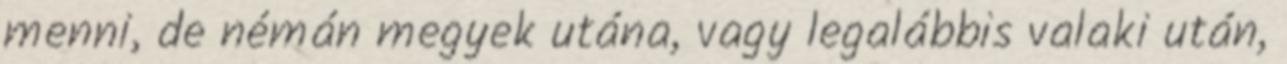
menni, de némán megyek utána, vagy legalábbis valaki után,